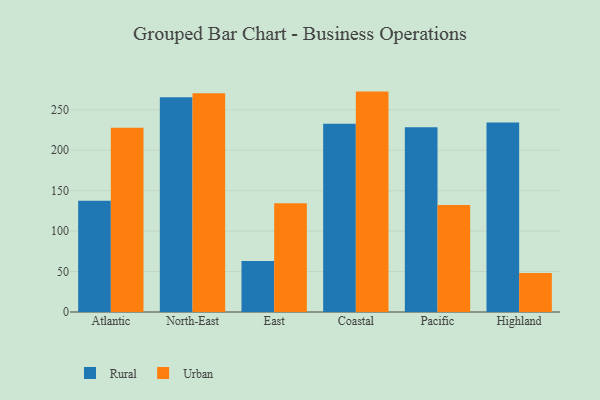
{"axis": {"x": "Region", "y": "LTV (USD)"}, "legend": ["Rural", "Urban"], "data": [{"x": "Atlantic", "y": 137.7, "type": "Rural"}, {"x": "Atlantic", "y": 227.8, "type": "Urban"}, {"x": "North-East", "y": 265.4, "type": "Rural"}, {"x": "North-East", "y": 270.5, "type": "Urban"}, {"x": "East", "y": 63.0, "type": "Rural"}, {"x": "East", "y": 134.4, "type": "Urban"}, {"x": "Coastal", "y": 232.6, "type": "Rural"}, {"x": "Coastal", "y": 272.5, "type": "Urban"}, {"x": "Pacific", "y": 228.3, "type": "Rural"}, {"x": "Pacific", "y": 132.3, "type": "Urban"}, {"x": "Highland", "y": 234.4, "type": "Rural"}, {"x": "Highland", "y": 48.3, "type": "Urban"}]}